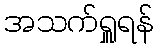
အသက်ရှူရန်